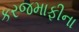
કરજમાફીના